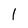
Character: 1